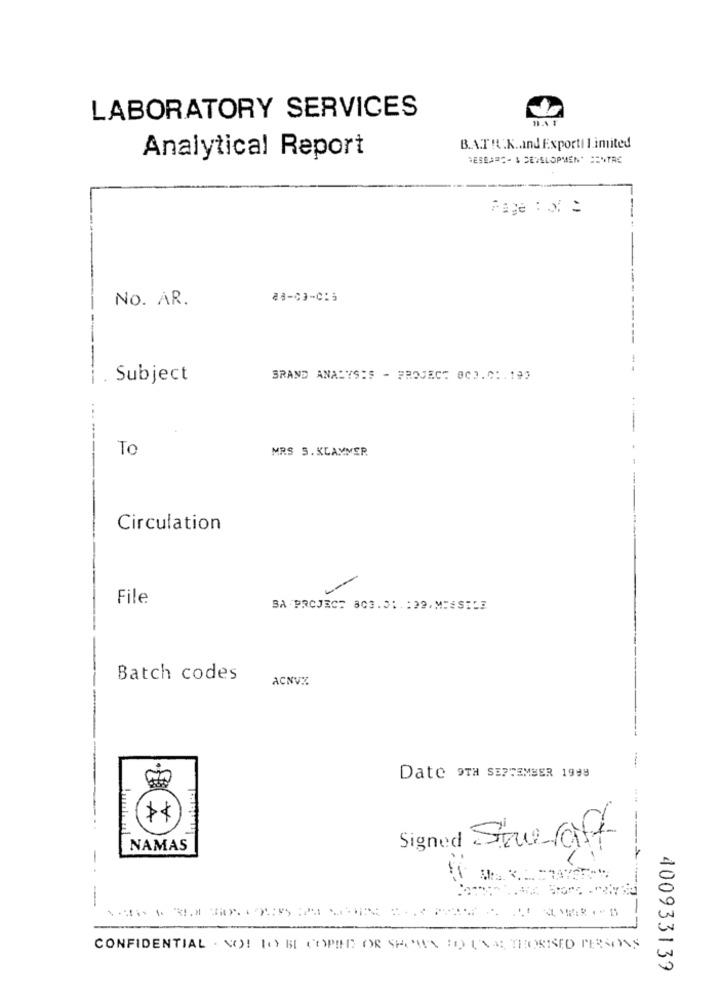
LABORATORY SERVICES
B.A.T !. K ., Ind Exporti Limited
Analytical Report
RESEARC- & DEVELOPMENT CENTRE
Page : x =
No. AR.
88-03-015
----
---
--
-
Subject
SRAND ANALYSIS - PROJECT 000.0 :. 195
To
MRS S. KLAMMER
Circulation
File
BA PROJECT 803.01. : 39. MISSILE
Batch codes
ACNVZ
Date 9TH SEPTEMBER 1998
A
Signed Straft
NAMAS
CONFIDENTIAL . SO! TO BE COPIED OR SHOWN HO UNA THORISED PERSONS
400933139